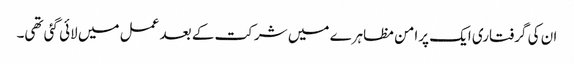
ان کی گرفتاری ایک پرامن مظاہرے میں شرکت کے بعد عمل میں لائی گئی تھی۔